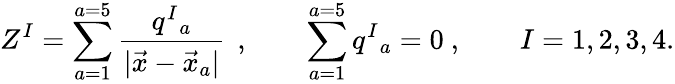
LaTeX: Z^{I}=\sum_{a=1}^{a=5}{\frac{q^{I}{}_{a}}{|\vec{x}-\vec{x}_{a}|}}\, \ ,\qquad\sum_{a=1}^{a=5}q^{I}{}_{a}=0\ ,\qquad I=1,2,3,4.